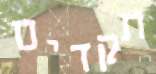
תקדים